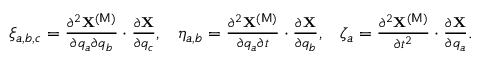
\begin{array} { l l l } { \xi _ { a , b , c } = \frac { \partial ^ { 2 } { \bf X } ^ { ( \mathsf { M } ) } } { \partial q _ { a } \partial q _ { b } } \cdot \frac { \partial { \bf X } } { \partial q _ { c } } , } & { \eta _ { a , b } = \frac { \partial ^ { 2 } { \bf X } ^ { ( \mathsf { M } ) } } { \partial q _ { a } \partial t } \cdot \frac { \partial { \bf X } } { \partial q _ { b } } , } & { \zeta _ { a } = \frac { \partial ^ { 2 } { \bf X } ^ { ( \mathsf { M } ) } } { \partial t ^ { 2 } } \cdot \frac { \partial { \bf X } } { \partial q _ { a } } . } \end{array}